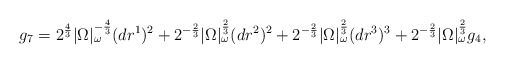
\begin{align*} g_7 = 2^{\frac{4}{3}}|\Omega|_\omega^{-\frac{4}{3}} (dr^1)^2 + 2^{-\frac{2}{3}} |\Omega|_\omega^\frac{2}{3} (dr^2)^2 + 2^{-\frac{2}{3}} |\Omega|_\omega^\frac{2}{3} (dr^3)^3 + 2^{-\frac{2}{3}} |\Omega|_\omega^\frac{2}{3} g_4,\end{align*}